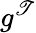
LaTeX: g^{\mathscr{T}}